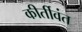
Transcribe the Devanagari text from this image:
कीर्तीवंत